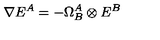
\nabla E ^ { A } = - \Omega _ { B } ^ { A } \otimes E ^ { B }